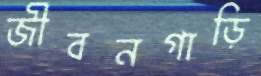
জীবনগাড়ি